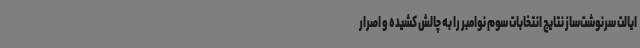
ایالت سرنوشت‌ساز نتایج انتخابات سوم نوامبر را به چالش کشیده و اصرار